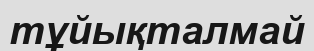
тұйықталмай